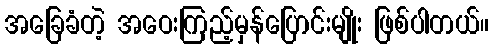
အခြေခံတဲ့ အဝေးကြည့်မှန်ပြောင်းမျိုး ဖြစ်ပါတယ်။